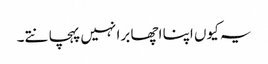
یہ کیوں اپنا اچھا برا نہیں پہچانتے۔